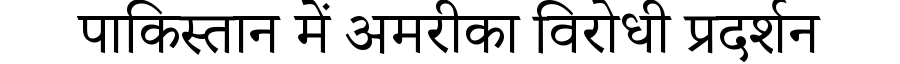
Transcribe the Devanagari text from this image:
पाकिस्तान में अमरीका विरोधी प्रदर्शन